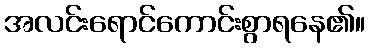
အလင်းရောင်ကောင်းစွာရနေ၏။